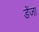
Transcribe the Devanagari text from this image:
डेंजा